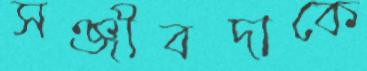
সঞ্জীবদাকে